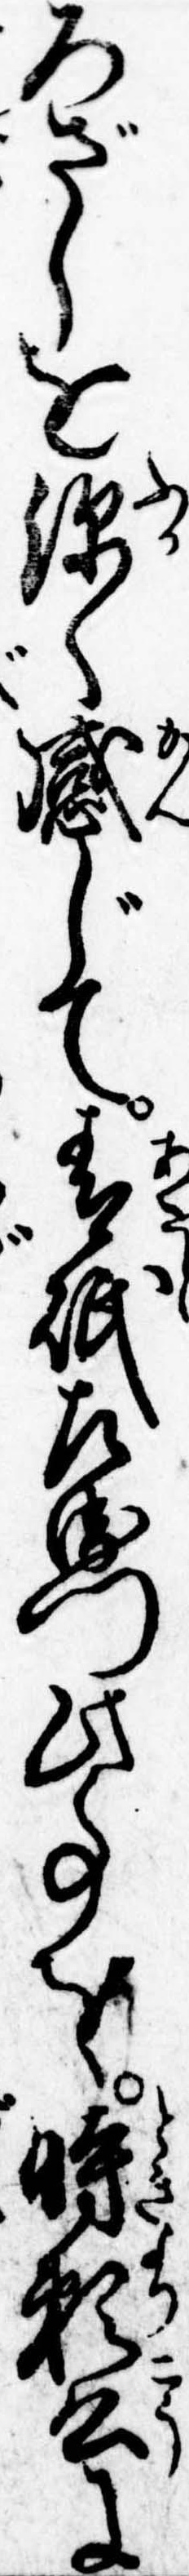
ろざしを深く感じて青砥左衛門此事を時頼公に